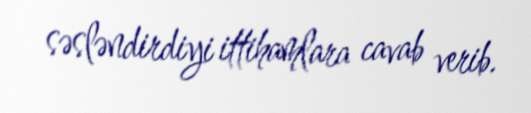
səsləndirdiyi ittihamlara cavab verib.